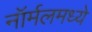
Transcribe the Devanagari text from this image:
नॉर्मलमध्ये